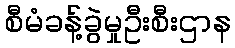
စီမံခန့်ခွဲမှုဦးစီးဌာန